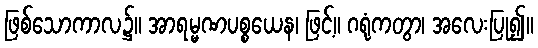
ဖြစ်သောကာလ၌။ အာရမ္မဏပစ္စယေန၊ ဖြင့်။ ဂရုံကတွာ၊ အလေးပြု၍။